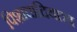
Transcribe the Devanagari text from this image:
पिशाचादियात्रा